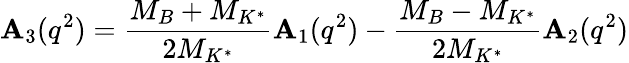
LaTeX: \mathbf{A}_{3}(q^{2})={\frac{{M_{B}+M_{K^{*}}}}{{2M_{K^{*}}}}}\mathbf{A}_{1}(q^{2})-{\frac{{M_{B}-M_{K^{*}}}}{{2M_{K^{*}}}}}\mathbf{A}_{2}(q^{2})